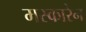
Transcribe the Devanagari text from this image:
मस्कारेन